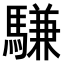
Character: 𫘕